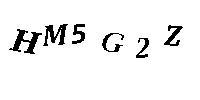
HM5G2Z